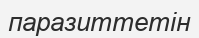
паразиттетін